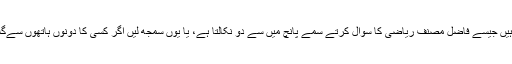
بھرے ہوئے کپ میں سے مکھی یوں نکالتے ہیں جیسے فاضل مصنف ریاضی کا سوال کرتے سمے پانچ میں سے دو نکالتا ہے، یا یوں سمجھ لیں اگر کسی کا دونوں ہاتھوں سےگلا دبایا جائےتو وه آگے سے آنکھیں نکالتا ہے۔